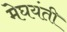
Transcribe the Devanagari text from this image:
मेघयंती